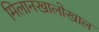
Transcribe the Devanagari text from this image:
मिलानखालोखाल